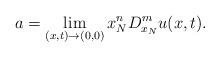
LaTeX: \begin{align*}a=\lim_{(x,t)\rightarrow(0,0)}x_{N}^{n}D_{x_{N}}^{m}u(x,t). \end{align*}